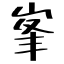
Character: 峯